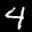
Label: 4